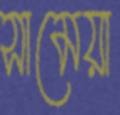
সামেয়া